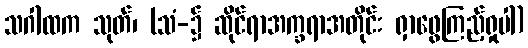
သဂါထက သုတ်၊ (သံ-၌ ဆိုင်ရာအက္ခရာအတိုင်း ရှာဖွေကြည့်ရှုပါ)